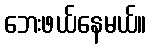
ဘေးဖယ်နေမယ်။